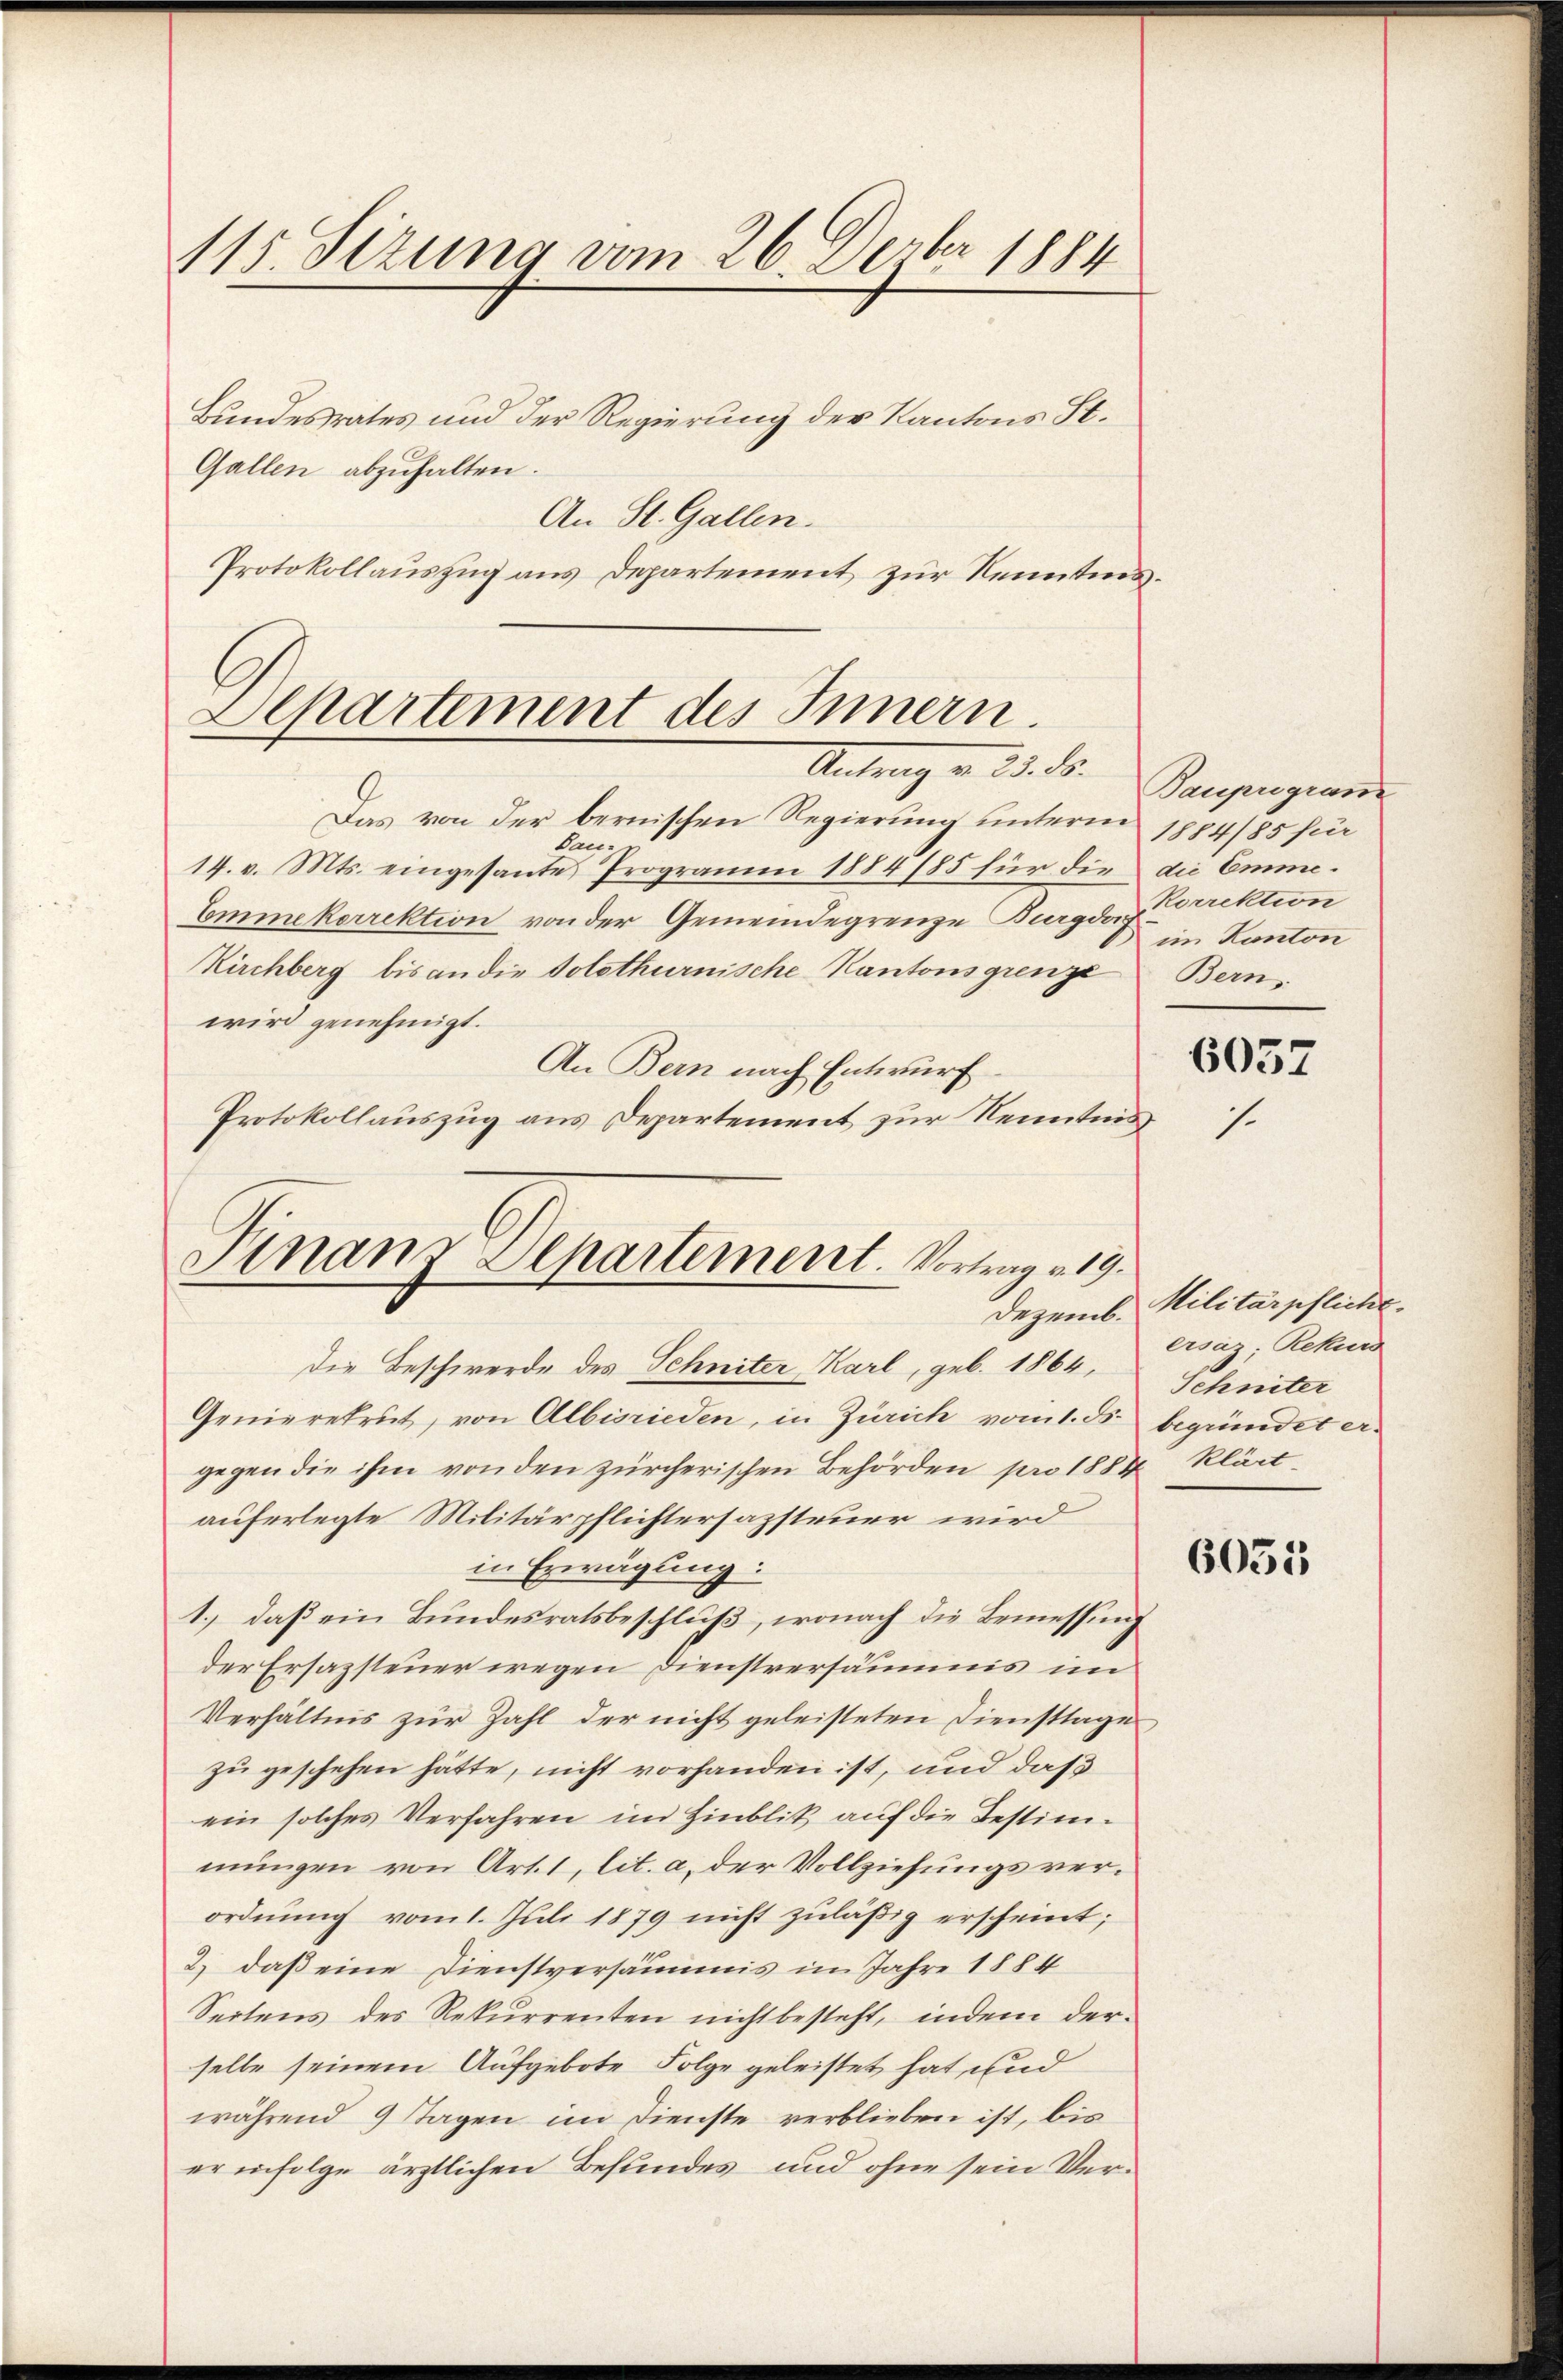
115. Sizung vom 26. Dezbr 1884

Bundesrates und der Regierung der Kantons St.
Gallen abzuhalten.
An St. Gallen.
Protokollauszug aus Departement zur Kenntnis.

Departement des Innern.
Antrag v. 23. ds. Baupuguarde

Finanz-Departement. Vortrag v. 19.
Dezemb.

Das von der bernischen Regierung unterm 1884/85 für
Bau- u
14. v. Mts. eingesante Programm 1884/85 für die die Emme.
Emmekorrektion von der Gemeindegrenze Burgdor
Kirchberg bis an die Solothurnische Kantonsgrenze
wird genehmigt.
An Bern nach Entwurf
Protokollauszug aus Departement zur Kenntnis

die Beschwerde des Schniter Karl, geb. 1864,
Genierekrut, von Albisrieden, in Zürich vom 1. ds. begründet ergegen die ihm von den zürcherischen Behörden pro 1884 klärt
auferlegte Militärpflichtersazsteuer wird
in Erwägung:
1.) daß ein Bundesratsbeschlŭβ, wonach die Bemessung
der Ersazsteuer wegen Dienstversäumis im
Verhältnis zur Zahl der nicht geleisteten Diensttage
zu geschehen hätte, nicht vorhanden ist, und daß
ein solches Verfahren im Hinblik auf die Bestimmungen von Art. 1, lit. a) der Vollziehungsverordnung vom 1. Juli 1879 nicht zuläßig erscheint;
2.) daß eine Dienstversäumis in Jahre 1884
Seitens des Rekurrenten nicht besteht, indem derselbe seinem Aufgebote Folge geleistet hat und
während 9 Tagen im Dienste verblieben ist, bis
er infolge ärztlichen Befundes und ohne sein Ver¬

Rorrektion
im Kanton
Bern,

6037

Militärpflicht.
ersäz; Rekurs
Schniter

6055